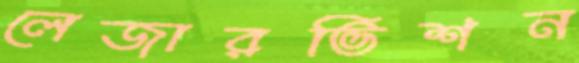
লেজারভিশন